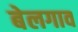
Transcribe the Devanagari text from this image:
बेलगाव